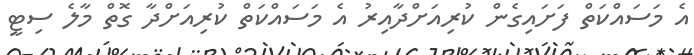
އެ މަސައްކަތް ފަށައިގެން ކުރިއަށްދާއިރު އެ މަސައްކަތް ކުރިއަށްދާ ގޮތް މާލެ ސިޓީ